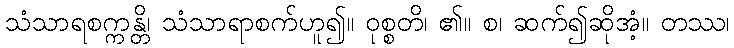
သံသာရစက္ကန္တိ၊ သံသာရာစက်ဟူ၍။ ဝုစ္စတိ၊ ၏။ စ၊ ဆက်၍ဆိုအံ့။ တဿ၊